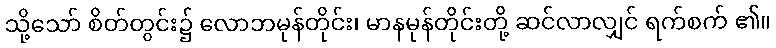
သို့သော် စိတ်တွင်း၌ လောဘမုန်တိုင်း၊ မာနမုန်တိုင်းတို့ ဆင်လာလျှင် ရက်စက် ၏။